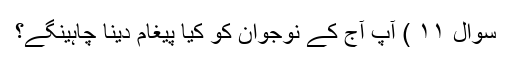
سوال ۱۱ ) آپ آج کے نوجوان کو کیا پیغام دینا چاہینگےَ؟